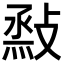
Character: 𢾧